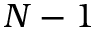
N - 1